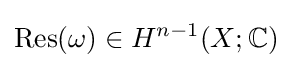
\operatorname {Res} (\omega )\in H^{n-1}(X;\mathbb {C} )